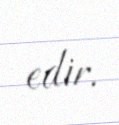
edir.